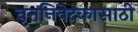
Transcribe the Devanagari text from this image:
वृत्तनिवेदकासाठी